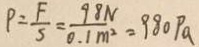
P = \frac { F } { S } = \frac { 9 8 N } { 0 . 1 m ^ { 2 } } = 9 8 0 P a